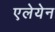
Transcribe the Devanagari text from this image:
एलेयेन